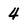
Character: 4